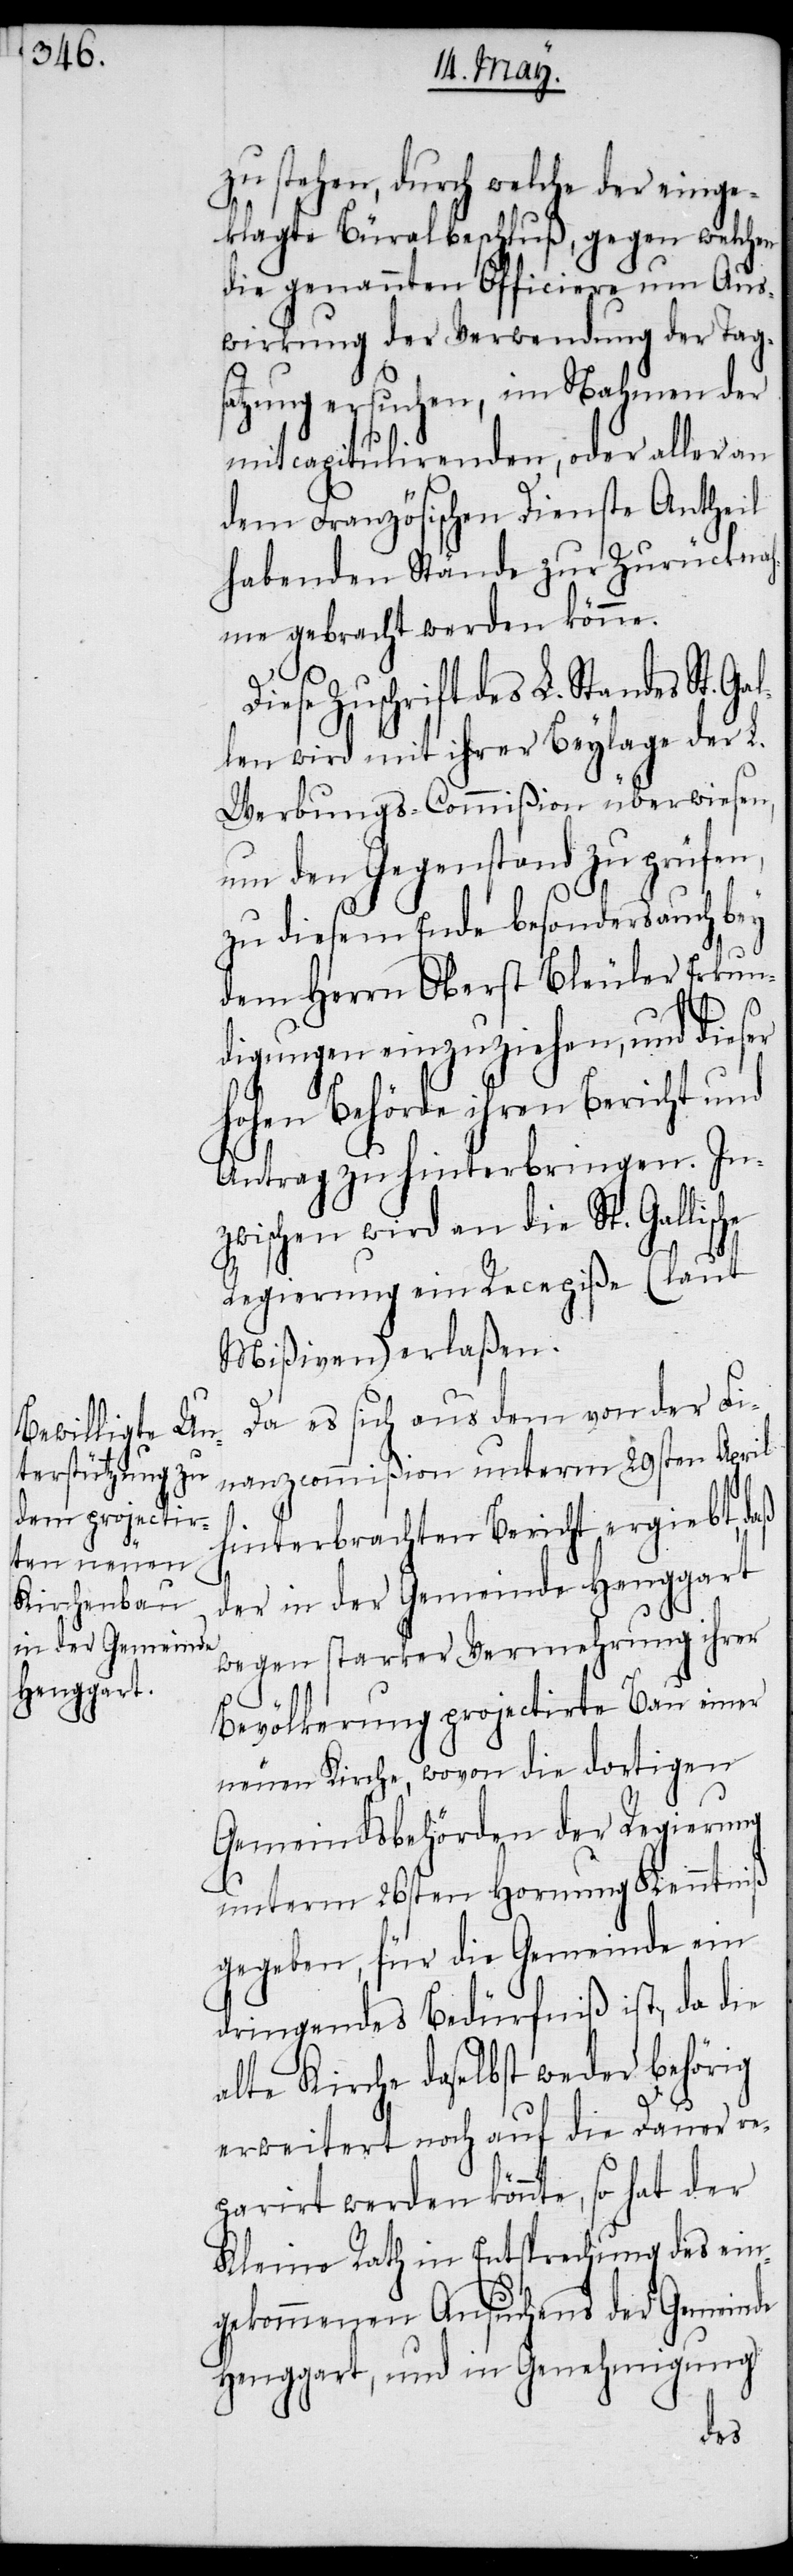
zu stehen, durch welche der einge¬
klagte Büralbeschluß, gegen welchen
die genannten Officiere um Aus¬
wirkung der Verwendung der Tags¬
atzung ersuchen, im Nahmen der
mitcapitulirenden, oder aller an
dem Französischen Dienste Antheil
habenden Stände zur Zurückna¬
hme gebracht werden könne.
Diese Zuschrift des L. Standes St. Ga¬
len wird mit ihrer Beylage der L.
Werbungs-Commißion überwiesen,
um den Gegenstand zu prüfen,
zu diesem Ende besonders auch bey
dem Herrn Oberst Bleuler Erkun¬
digungen einzuziehen, und dieser
hohen Behörde ihren Bericht und
Antrag zu hinterbringen. In¬
zwischen wird an die St. Gallische
l¬
Regierung ein Recepiße (laut
Mißiven) erlaßen.
Da es sich aus dem von der Fi¬
nanzcommißion unterm 29sten April
hinterbrachten Bericht ergiebt, daß
der in der Gemeinde Henggart
wegen starker Vermehrung ihrer
Bevölkerung projectirte Bau einer
neuen Kirche, wovon die dortigen
Gemeindsbehörden der Regierung
unterm 26sten Hornung Kenntniß
gegeben, für die Gemeinde ein
dringendes Bedürfniß ist, da die
alte Kirche daselbst weder behörig
erweitert noch auf die Dauer re¬
parirt werden könnte, so hat der
Kleine Rath in Entsprechung des ein¬
gekommenen Ansuchens der Gemeinde
Henggart, und in Genehmigung